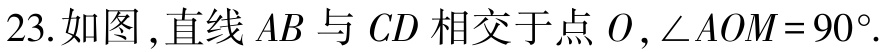
23.如图,直线 \(AB\) 与 \(CD\) 相交于点 \(O\),\(\angle AOM = 90^{\circ}\).